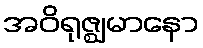
အဝိရုဇ္ဈမာနော